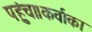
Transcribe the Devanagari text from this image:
पहुंचा।कर्वाका